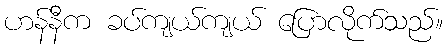
ဟန်နီက ခပ်ကျယ်ကျယ် ပြောလိုက်သည်။